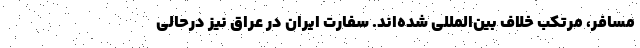
مسافر، مرتکب خلاف بین‌المللی شده‌اند. سفارت ایران در عراق نیز درحالی